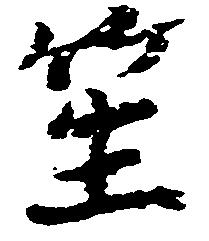
笙